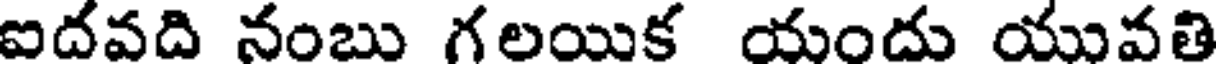
ఐదవది నంబు గలయిక యందు యువతి